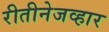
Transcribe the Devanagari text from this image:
रीतीनेजव्हार